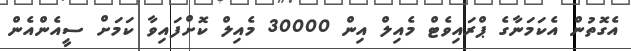
އެގޮތުން އެކަމަނާގެ ޕްރައިވެޓް މެއިލް އިން 30000 މެއިލް ކޮށްފައިވާ ކަމަށް ސީއެންއެން